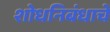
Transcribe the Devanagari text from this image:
शोधनिबंधाचे